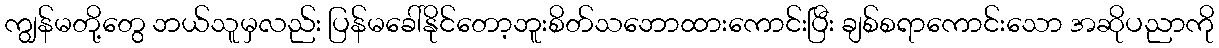
ကျွန်မတို့တွေ ဘယ်သူမှလည်း ပြန်မခေါ်နိုင်တော့ဘူးစိတ်သဘောထားကောင်းပြီး ချစ်စရာကောင်းသော အဆိုပညာကို